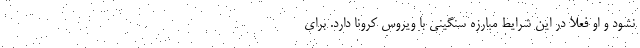
نشود و او فعلا در این شرایط مبارزه سنگینی با ویروس کرونا دارد. برای